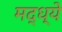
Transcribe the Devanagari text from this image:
मद्ध्ये